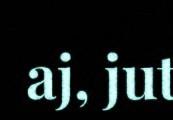
aj, jut